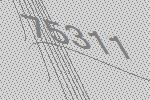
75311